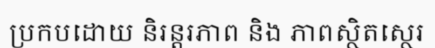
ប្រកបដោយ និរន្តរភាព និង ភាពស្ថិតស្ថេរ